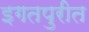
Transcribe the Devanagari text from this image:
इगतपुरीत